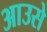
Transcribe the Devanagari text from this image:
आउसे